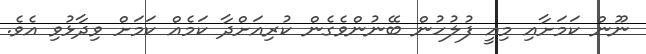
ނޫން ކަމަށާއި މިއީ ފުލުހުން ބޭނުންވެގެން ކުރިއަށްދާ ކަމެއް ކަމަށް ވިދާޅުވި އެވެ.